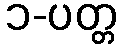
၁-ပတ္တ